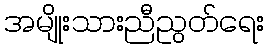
အမျိုးသားညီညွတ်ရေး